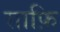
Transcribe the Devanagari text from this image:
साफ़ि